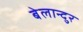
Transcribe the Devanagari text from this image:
बेलान्दुर